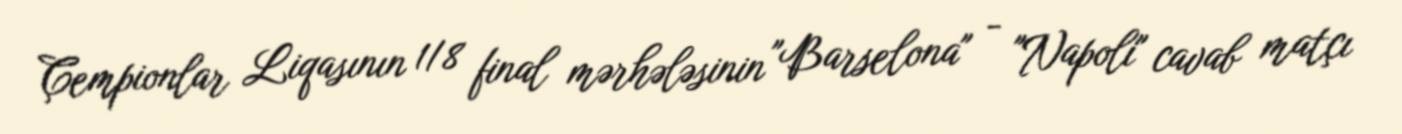
Çempionlar Liqasının 1/8 final mərhələsinin "Barselona" - "Napoli" cavab matçı